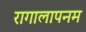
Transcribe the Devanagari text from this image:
रागालापनम